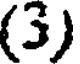
(3)